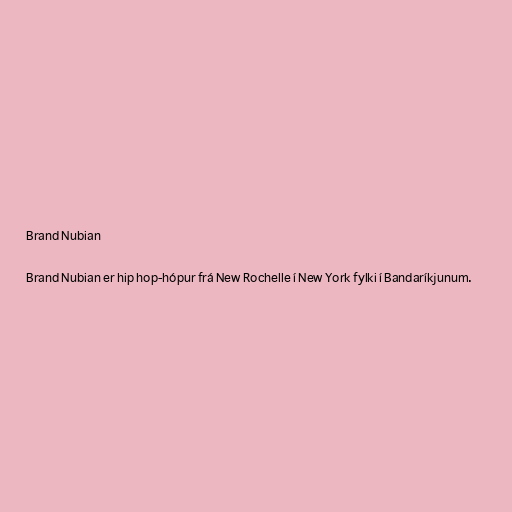
Brand Nubian

Brand Nubian er hip hop-hópur frá New Rochelle í New York fylki í Bandaríkjunum.